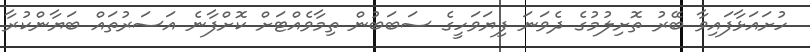
ހުށައަޅާފައިވާ ބޭރު ތޮށިލުމުގެ ދެވަނަ ފިޔަވަހީގެ ސަބަބުން ތިމާވެއްޓަށް ކޮށްފާނެ އަސަރުތައް ބަޔާންކުރާ